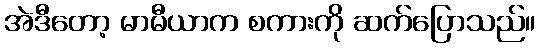
အဲဒီတော့ မာမီယာက စကားကို ဆက်ပြောသည်။